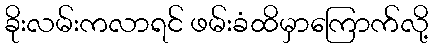
ခိုးလမ်းကလာရင် ဖမ်းခံထိမှာကြောက်လို့